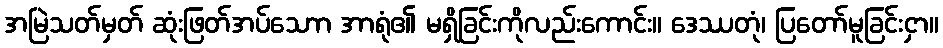
အမြဲသတ်မှတ် ဆုံးဖြတ်အပ်သောာ အာရုံ၏ မရှိခြင်းကိုလည်းကောင်း။ ဒေဿတုံ၊ ပြတော်မူခြင်းငှာ။